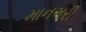
માનભરી